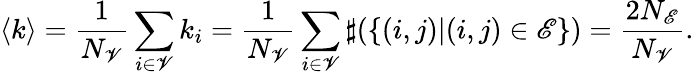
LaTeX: \left\langle k\right\rangle=\frac{1}{N_{\mathscr{V}}}\sum_{i\in\mathscr{V}}k_{i}=\frac{1}{N_{\mathscr{V}}}\sum_{i\in\mathscr{V}}\sharp(\{ (i,j)|(i,j)\in\mathscr{E}\} )=\frac{2N_{\mathscr{E}}}{N_{\mathscr{V}}}.